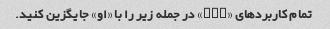
تمام کاربردهای «she» در جمله زیر را با «او» جایگزین کنید.